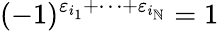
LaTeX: (-1)^{\varepsilon_{i_{1}}+\dots+\varepsilon_{i_{\mathbb{N}}}}=1